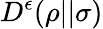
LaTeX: D^{\epsilon}(\rho||\sigma)